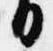
日